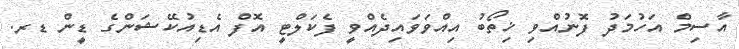
އާސިމް އަހުމަދު ފޮނުއްވި ޚިތޯބު އިއްވަވައިދެއްވީ ފެކަލްޓީ އޮފް އެޑިއުކޭޝަންގެ ޑީން ޑރ.